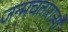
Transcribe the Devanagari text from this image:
जन्मचतारात्र्यौ